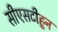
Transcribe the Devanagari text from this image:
सीएसटीहून